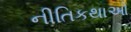
નીતિકથાઓ